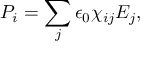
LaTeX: P _ { i } = \sum _ { j } \epsilon _ { 0 } \chi _ { i j } E _ { j } ,